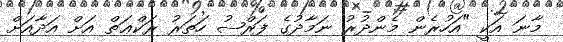
މާނަ އަކީ "އަހުރެން މެންދުރު ނަމާދުގެ ފަރްޟު ހަތަރު ރަކްޢަތް އަށް އަދާއަށް